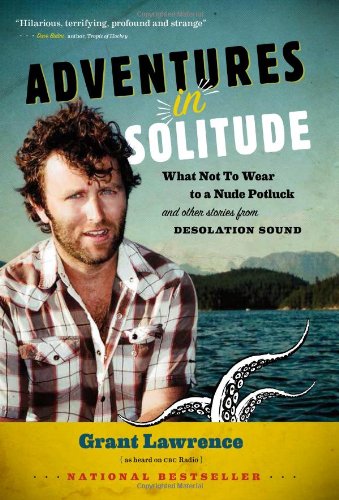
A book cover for Adventures in Solitude: What Not to Wear to a Nude Potluck and Other Stories from Desolation Sound; Grant Lawrence; Biographies & Memoirs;